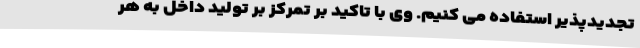
تجدیدپذیر استفاده می کنیم. وی با تاکید بر تمرکز بر تولید داخل به هر